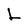
Character: L